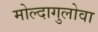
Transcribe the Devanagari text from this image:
मोल्दागुलोवा